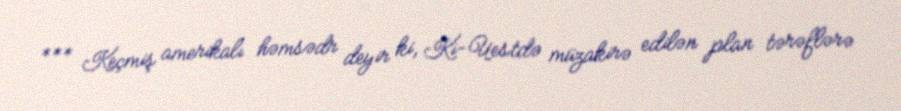
*** Keçmiş amerikalı həmsədr deyir ki, Ki-Uestdə müzakirə edilən plan tərəflərə